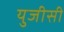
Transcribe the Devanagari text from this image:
युजीसी